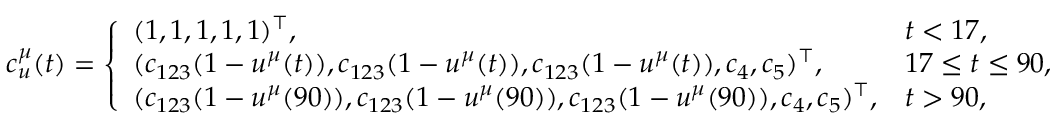
c _ { u } ^ { \mu } ( t ) = \left\{ \begin{array} { l l } { ( 1 , 1 , 1 , 1 , 1 ) ^ { \top } , } & { t < 1 7 , } \\ { ( c _ { 1 2 3 } ( 1 - u ^ { \mu } ( t ) ) , c _ { 1 2 3 } ( 1 - u ^ { \mu } ( t ) ) , c _ { 1 2 3 } ( 1 - u ^ { \mu } ( t ) ) , c _ { 4 } , c _ { 5 } ) ^ { \top } , } & { 1 7 \le t \le 9 0 , } \\ { ( c _ { 1 2 3 } ( 1 - u ^ { \mu } ( 9 0 ) ) , c _ { 1 2 3 } ( 1 - u ^ { \mu } ( 9 0 ) ) , c _ { 1 2 3 } ( 1 - u ^ { \mu } ( 9 0 ) ) , c _ { 4 } , c _ { 5 } ) ^ { \top } , } & { t > 9 0 , } \end{array} \right.